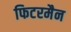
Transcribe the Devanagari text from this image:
फिटरमैन